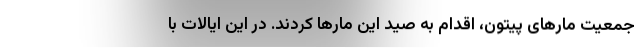
جمعیت مارهای پیتون، اقدام به صید این مارها کردند. در این ایالات با